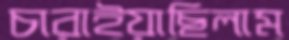
চারাইয়াছিলাম